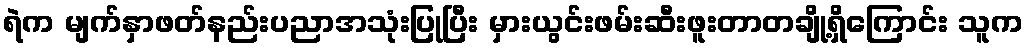
ရဲက မျက်နှာဖတ်နည်းပညာအသုံးပြုပြီး မှားယွင်းဖမ်းဆီးဖူးတာတချို့ရှိကြောင်း သူက